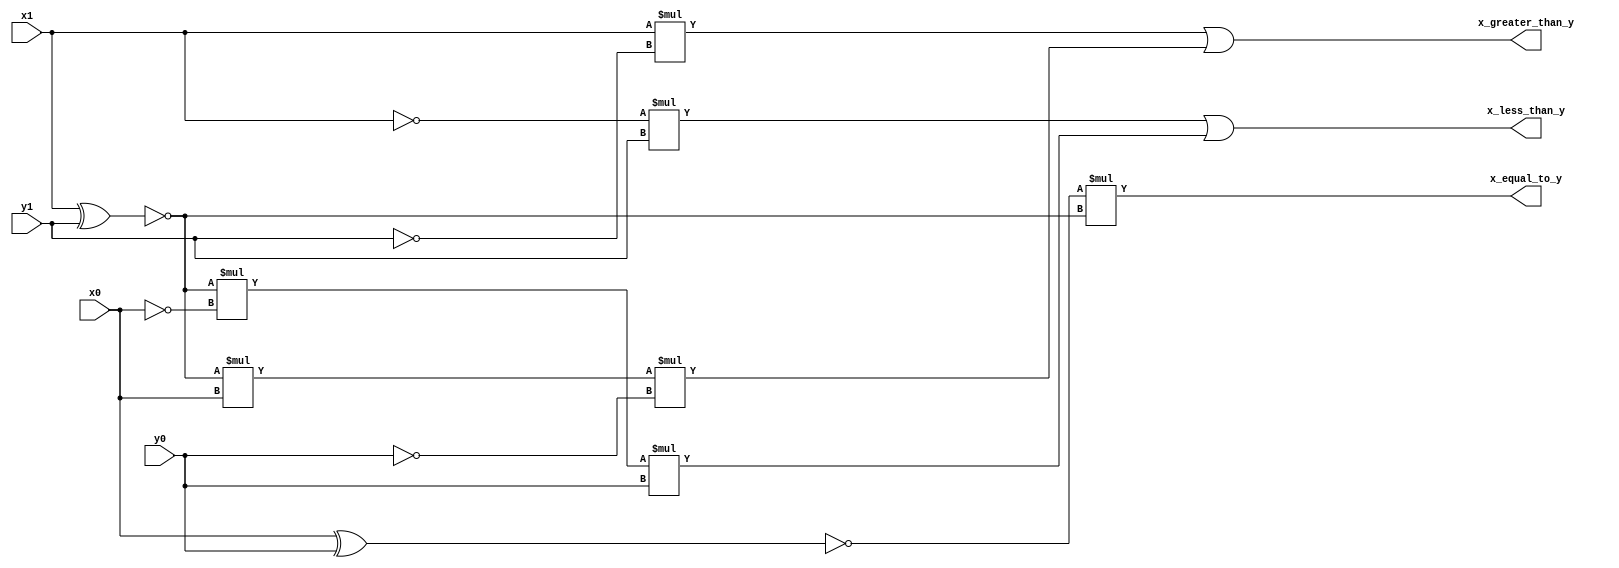
module comparator_2bit(
    input x1,
    input x0,
    input y1,
    input y0,
    output x_greater_than_y,
    output x_less_than_y,
    output x_equal_to_y
    );
    wire a,b;
    assign a=(x1^y1);
    assign b=(x0^y0);
    assign x_greater_than_y =  x1*(~y1) |( ~a*x0*(~y0));
    assign x_less_than_y = (~x1)*y1 |(~a*(~x0)*y0);
    assign x_equal_to_y =  ~b*~a;
    
endmodule